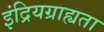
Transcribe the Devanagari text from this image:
इंद्रियग्राह्यता